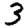
Digit: 3